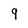
Character: 9